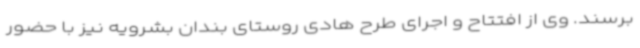
برسند. وی از افتتاح و اجرای طرح هادی روستای بندان بشرویه نیز با حضور